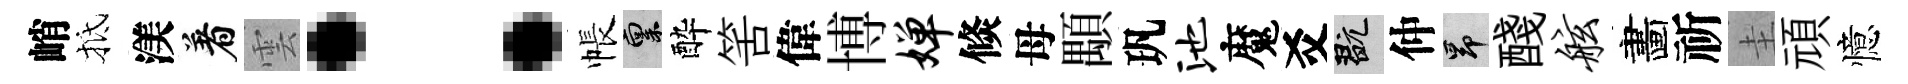
峭抵渼着雲：帳禀酔筈偉博婵倐母顒㺬池魔爻玩仲昂醆舷畵祈圭頑憶